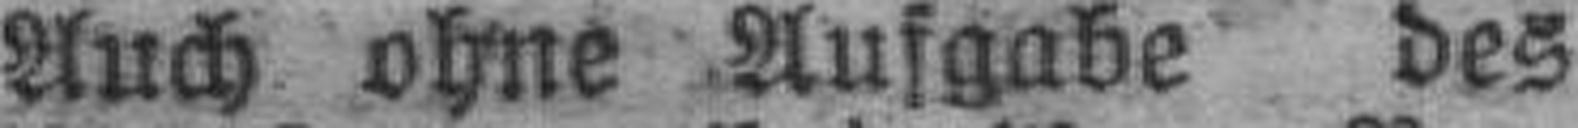
Auch ohne Aufgabe des